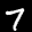
Label: 7